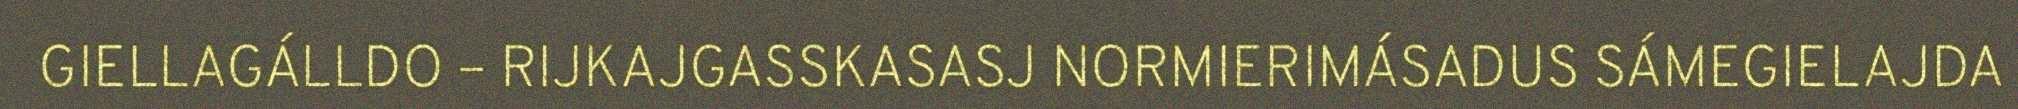
GIELLAGÁLLDO – RIJKAJGASSKASASJ NORMIERIMÁSADUS SÁMEGIELAJDA